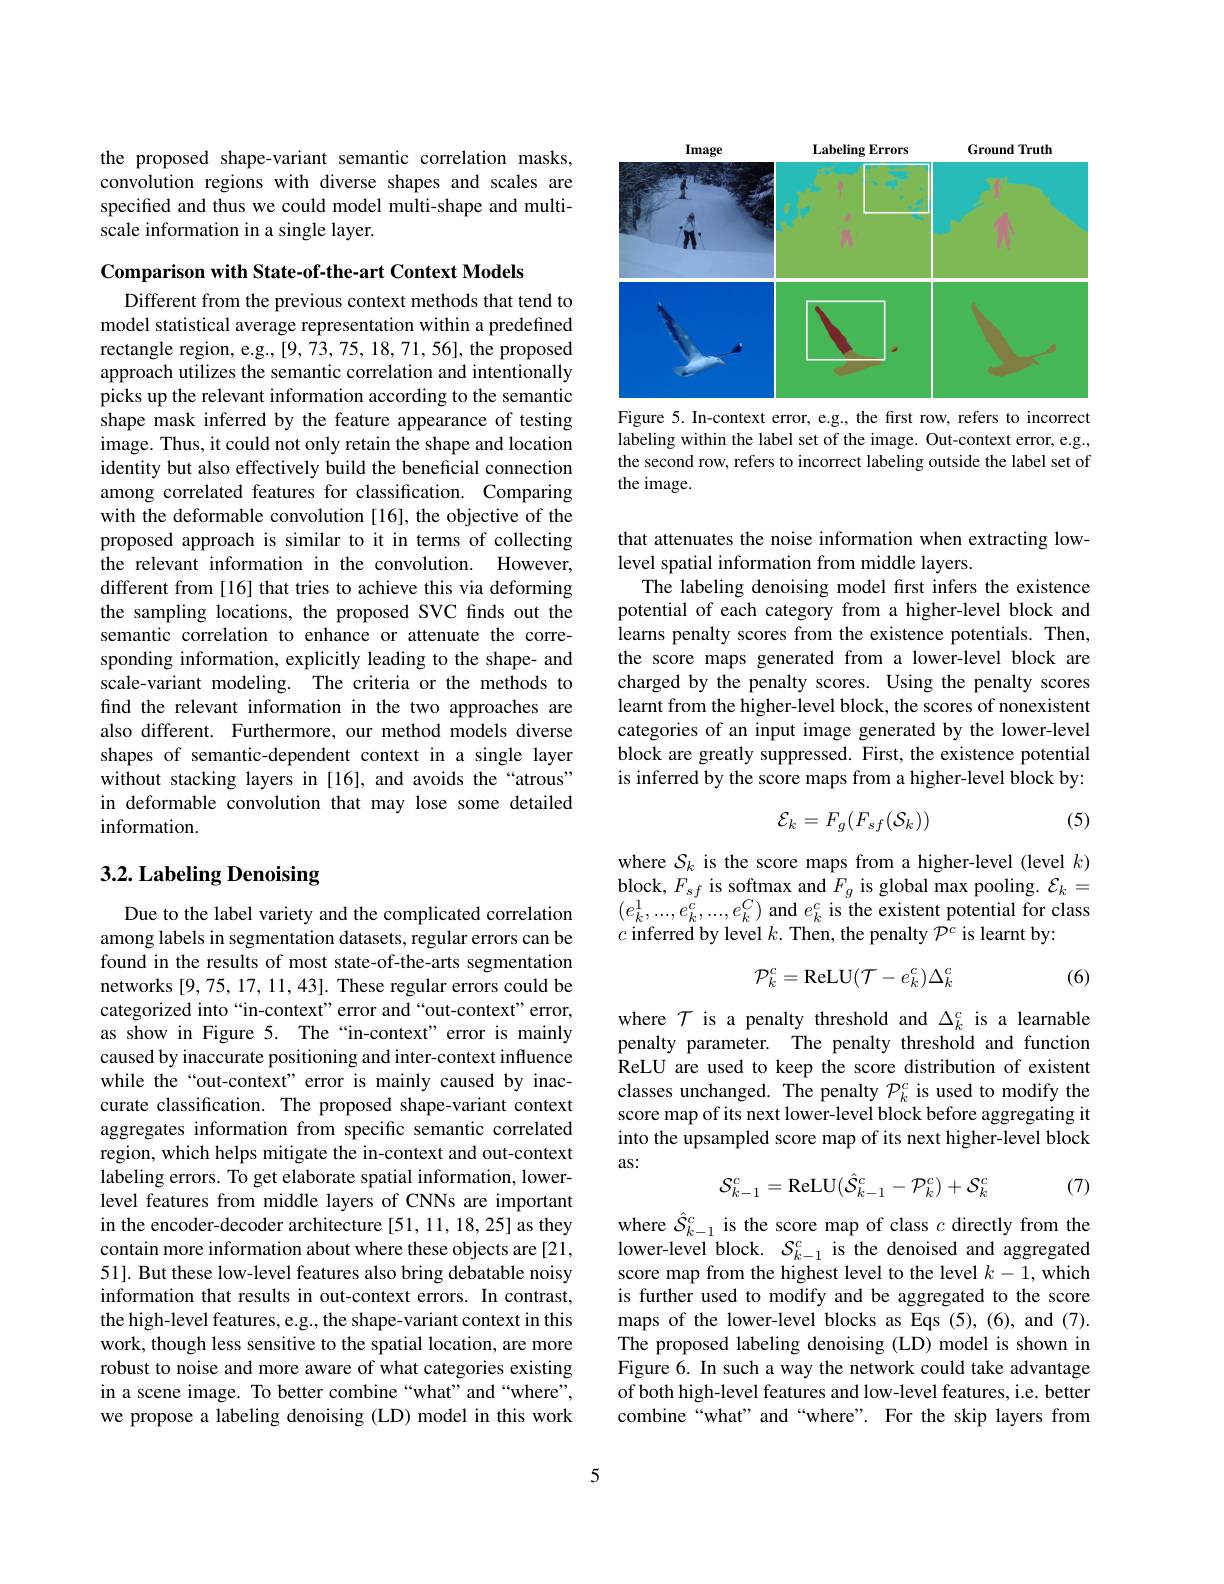
the proposed shape-variant semantic correlation masks, convolution regions with diverse shapes and scales are specified and thus we could model multi-shape and multiscale information in a single layer.

Comparison with State-of-the-art Context Models
Different from the previous context methods that tend to model statistical average representation within a predefined rectangle region, e.g.,[9,73,75,18,71,56], the proposed approach utilizes the semantic correlation and intentionally picks up the relevant information according to the semantic shape mask inferred by the feature appearance of testing image. Thus, it could not only retain the shape and location identity but also effectively build the beneficial connection among correlated features for classification. Comparing with the deformable convolution [16], the objective of the proposed approach is similar to it in terms of collecting the relevant information in the convolution. However, different from[16] that tries to achieve this via deforming the sampling locations, the proposed SVC finds out the semantic correlation to enhance or attenuate the corresponding information, explicitly leading to the shape- and scale-variant modeling. The criteria or the methods to find the relevant information in the two approaches are also different. Furthermore, our method models diverse shapes of semantic-dependent context in a single layer without stacking layers in [16], and avoids the“atrous” in deformable convolution that may lose some detailed information.

# 3.2. Labeling Denoising

Due to the label variety and the complicated correlation among labels in segmentation datasets, regular errors can be found in the results of most state-of-the-arts segmentation networks [9,75, 17, 11,43]. These regular errors could be categorized into“in-context”error and“out-context"error, as show in Figure 5. The“in-context”error is mainly caused by inaccurate positioning and inter-context influence while the“out-context”error is mainly caused by inaccurate classification. The proposed shape-variant context aggregates information from specific semantic correlated region, which helps mitigate the in-context and out-context labeling errors. To get elaborate spatial information, lowerlevel features from middle layers of CNNs are important in the encoder-decoder architecture [51, 11, 18, 25] as they contain more information about where these objects are [21, 51]. But these low-level features also bring debatable noisy information that results in out-context errors. In contrast, the high-level features, e.g., the shape-variant context in this work, though less sensitive to the spatial location, are more robust to noise and more aware of what categories existing in a scene image. To better combine “what”and“where”, we propose a labeling denoising (LD) model in this work

<FigureHere>
Figure 5. In-context error, e.g., the first row, refers to incorrect

labeling within the label set of the image. Out-context error, e.g., the second row, refers to incorrect labeling outside the label set of the image.

that attenuates the noise information when extracting low-
level spatial information from middle layers.
The labeling denoising model first infers the existence potential of each category from a higher-level block and learns penalty scores from the existence potentials. Then, the score maps generated from a lower-level block are charged by the penalty scores. Using the penalty scores learnt from the higher-level block, the scores of nonexistent categories of an input image generated by the lower-level block are greatly suppressed. First, the existence potential is inferred by the score maps from a higher-level block by:

(5)
$$\mathcal{E}_k=F_g(F_{sf}(\mathcal{S}_k))$$
where $\mathcal{S}_k$ is the score maps from a higher-level (level $k)$ $\mathop{\mathrm{block,~}F_{sf}}\mathop{\mathrm{is~softmax~and~}}F_{g}\mathop{\mathrm{is~global~max~pooling.~}}\mathcal{E}_{k}=$ $(e_{k}^{1},...,e_{k}^{c},...,e_{k}^{C})$ and $e_k^{c}$ is the existent potential for class $c$ inferred by level $k.$ Then, the penalty $\tilde{\mathcal{P}^{c}}$ is learnt by:
$$\mathcal{P}_k^c=\mathrm{ReLU}(\mathcal{T}-e_k^c)\Delta_k^c$$
(6)

where $\mathcal{T}$ is a penalty threshold and $\Delta_k^c$ is a learnable penalty parameter. The penalty threshold and function ReLU are used to keep the score distribution of existent classes unchanged. The penalty $\mathcal{P}_k^c$ is used to modify the score map of its next lower-level block before aggregating it into the upsampled score map of its next higher-level block as:
$$\mathcal{S}_{k-1}^c=\mathrm{ReLU}(\hat{\mathcal{S}}_{k-1}^c-\mathcal{P}_k^c)+\mathcal{S}_k^c$$
(7)

where $\hat{S}_{k-1}^c$ is the score map of class $c$ directly from the lower-level block. $\mathcal{S}_{k-1}^{c}$ is the denoised and aggregated score map from the highest level to the level $k-1$,which is further used to modify and be aggregated to the score maps of the lower-level blocks as Eqs (5),(6), and (7). The proposed labeling denoising (LD) model is shown in Figure 6. In such a way the network could take advantage of both high-level features and low-level features, i.e. better combine“what” and“where”. For the skip layers from

5